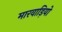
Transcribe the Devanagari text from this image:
मारवाड़ियो